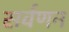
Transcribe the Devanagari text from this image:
सर्वणन